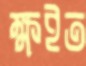
ক্ষইত